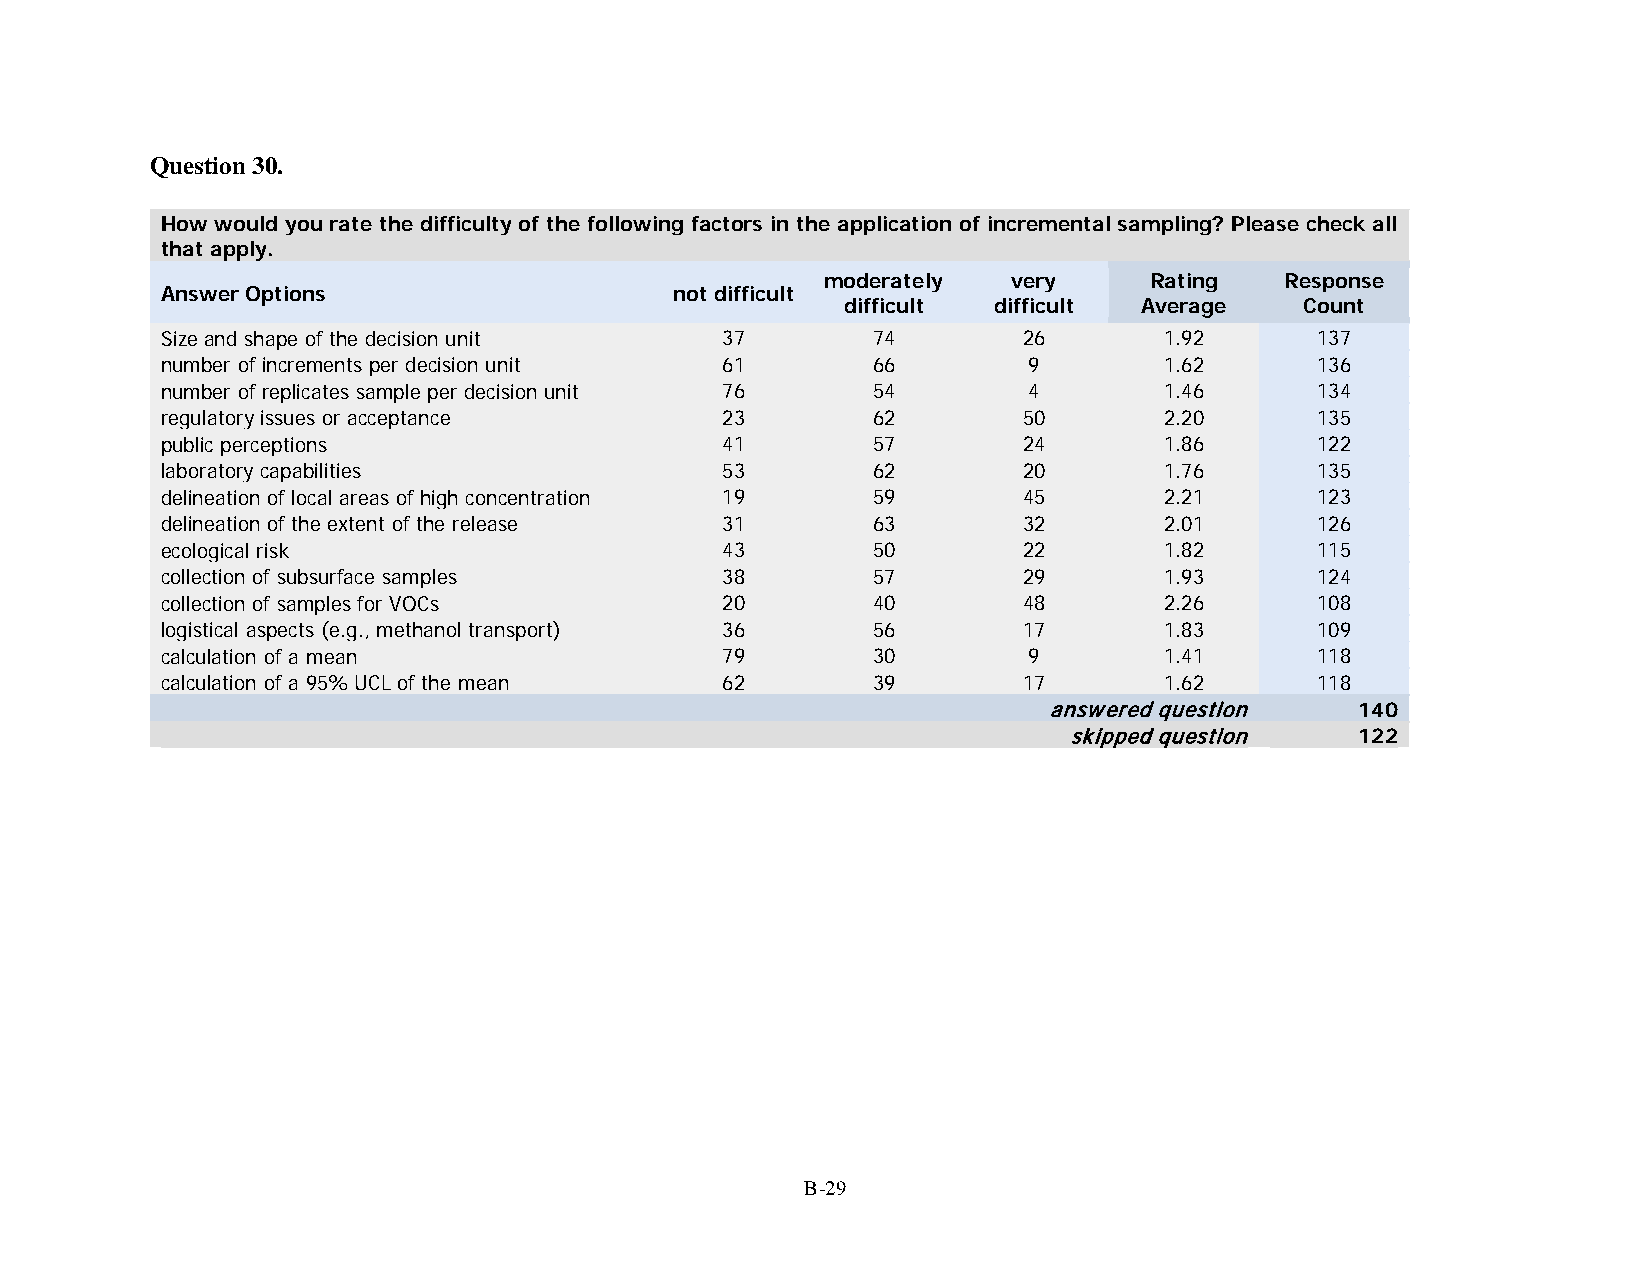
Question 30.
 How would you rate the difficulty of the following factors in the application of incremental sampling? Please check all
 that apply.
 moderately  very     Rating   Response
 Answer Options                    not difficult
 difficult difficult Average   Count
 Size and shape of the decision unit  37        74        26       1.92      137
 number of increments per decision unit 61      66        9        1.62      136
 number of replicates sample per decision unit 76 54      4        1.46      134
 regulatory issues or acceptance      23        62        50       2.20      135
 public perceptions                   41        57        24       1.86      122
 laboratory capabilities              53        62        20       1.76      135
 delineation of local areas of high concentration 19 59   45       2.21      123
 delineation of the extent of the release 31    63        32       2.01      126
 ecological risk                      43        50        22       1.82      115
 collection of subsurface samples     38        57        29       1.93      124
 collection of samples for VOCs       20        40        48       2.26      108
 logistical aspects (e.g., methanol transport) 36 56      17       1.83      109
 calculation of a mean                79        30        9        1.41      118
 calculation of a 95% UCL of the mean 62        39        17       1.62      118
 answered question    140
 skipped question   122
 B-29